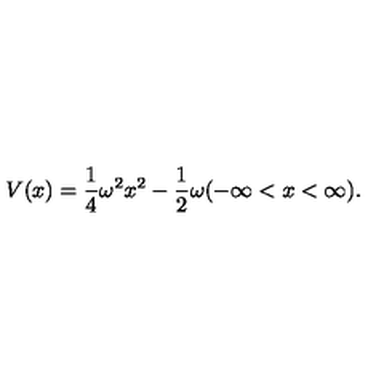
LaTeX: V ( x ) = \frac { 1 } { 4 } \omega ^ { 2 } x ^ { 2 } - \frac { 1 } { 2 } \omega ( - \infty < x < \infty ) .